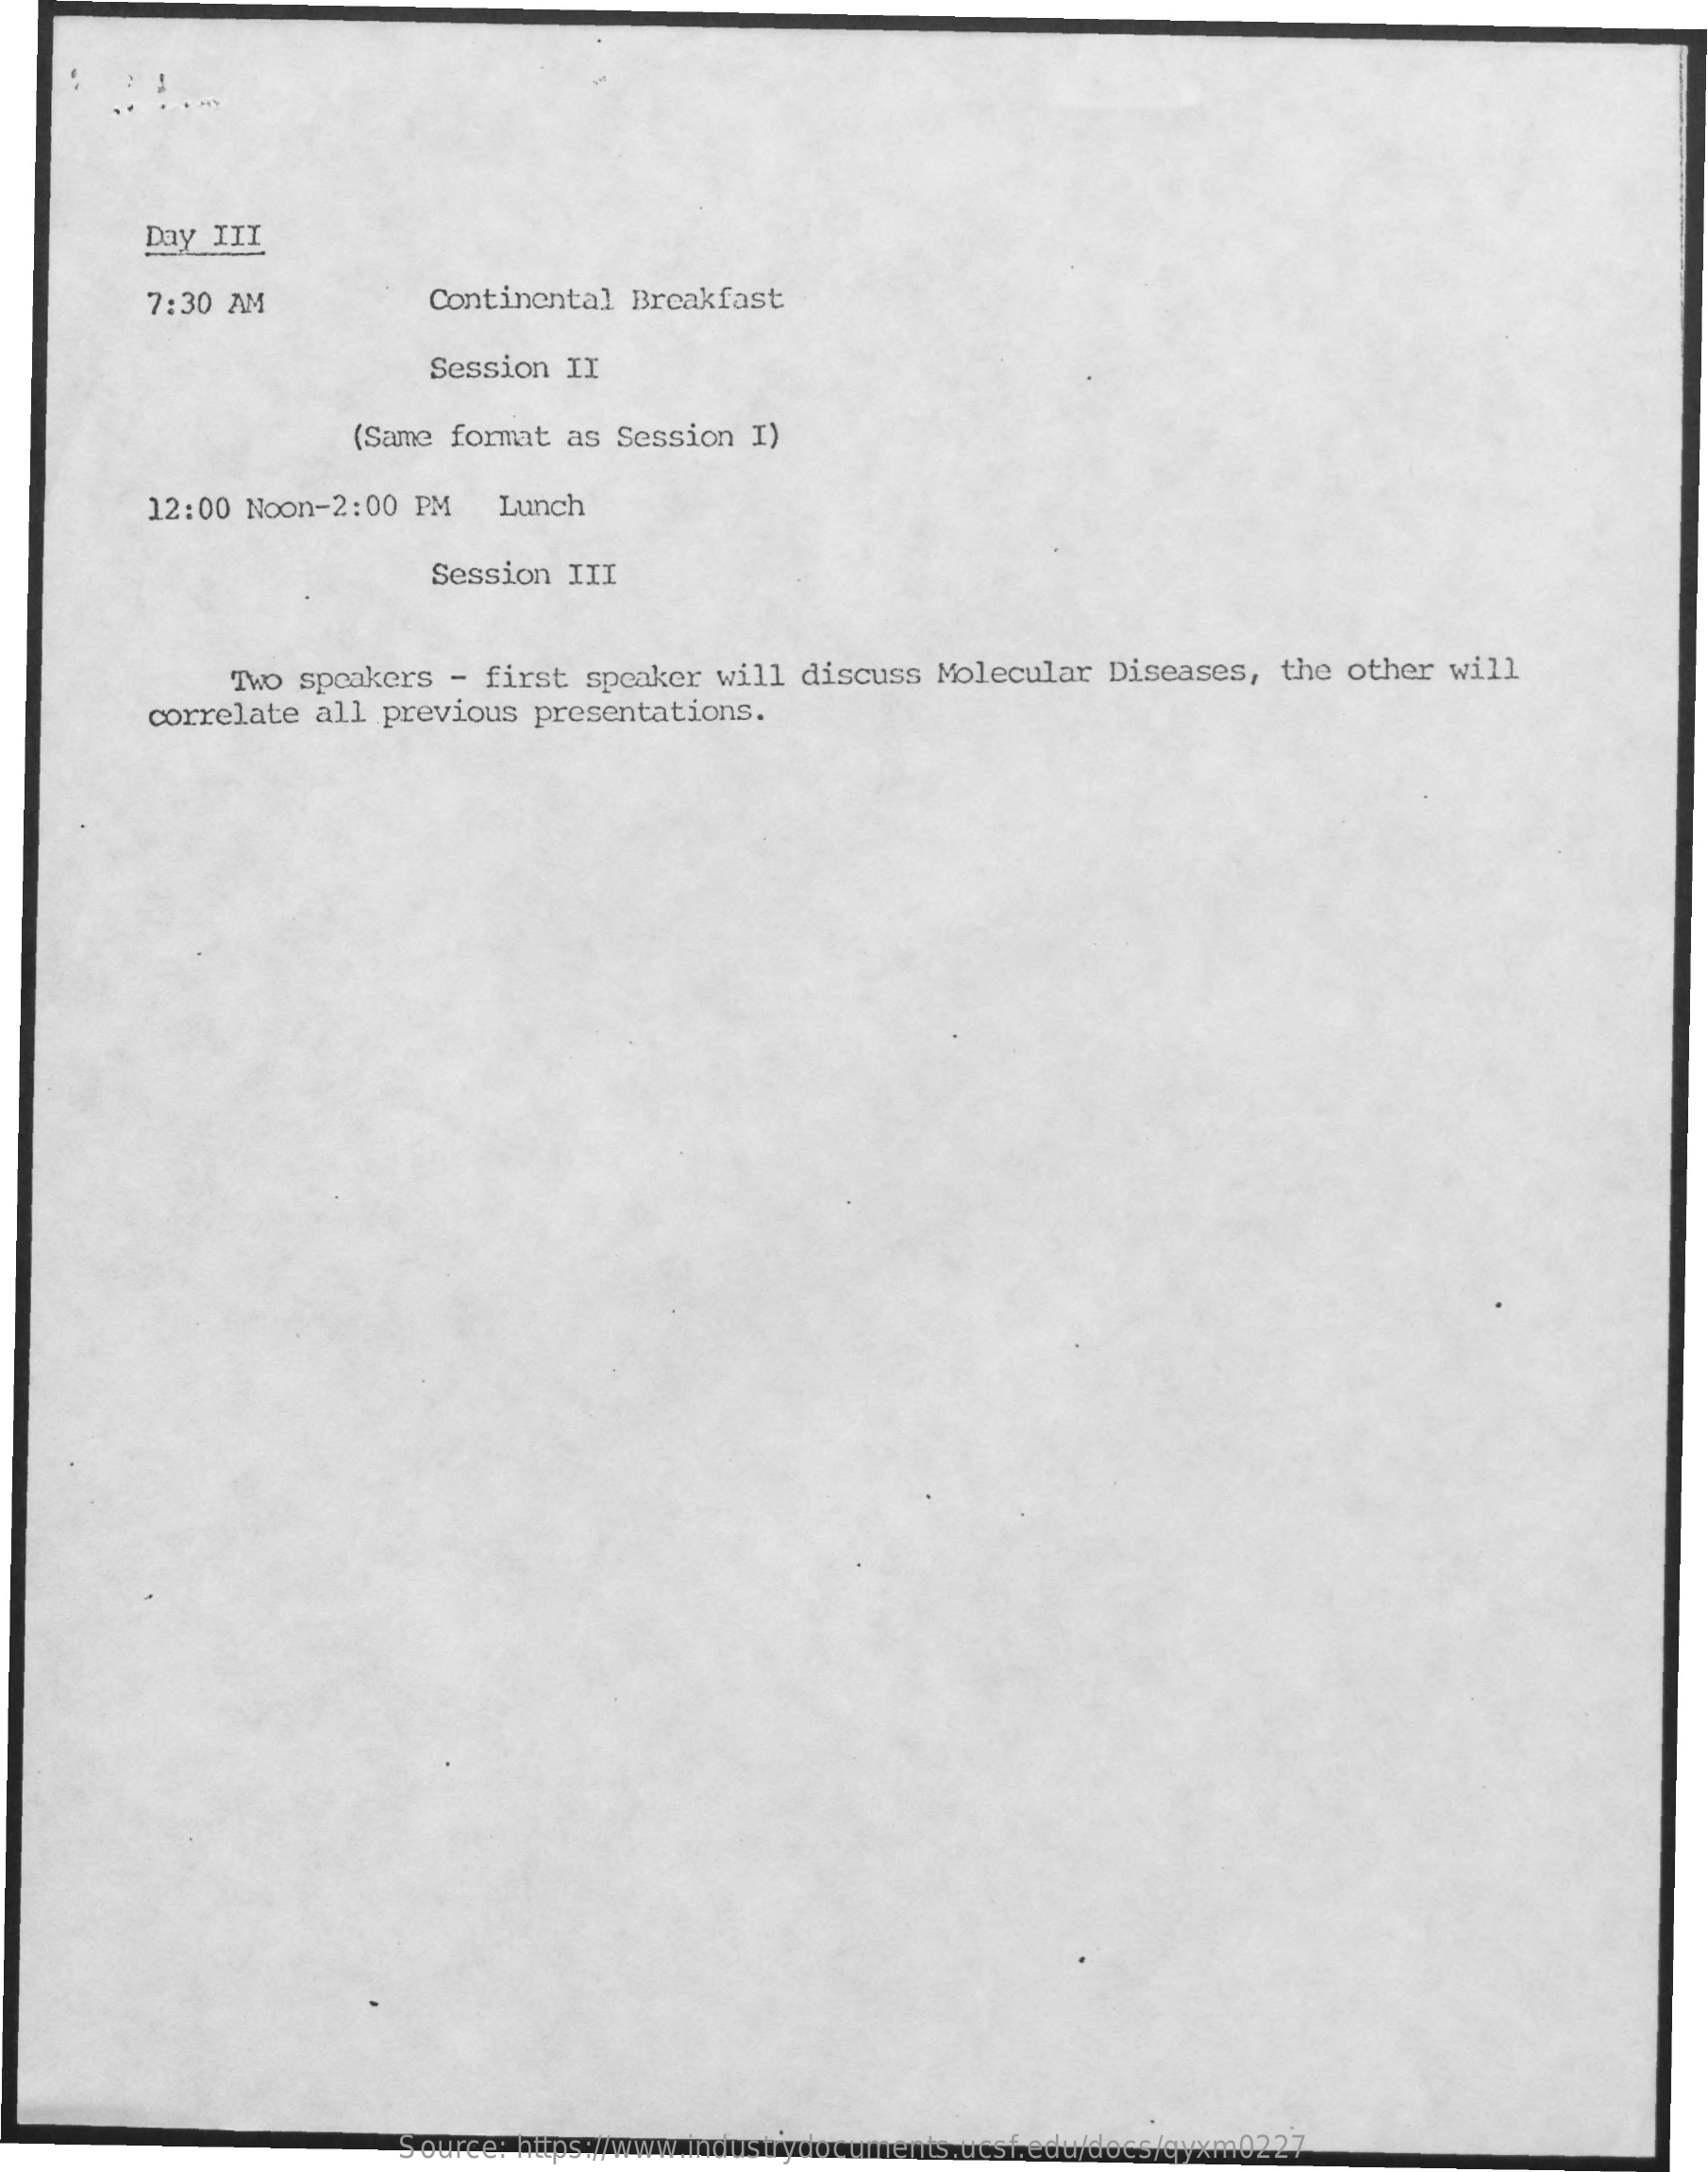
Day III
     7:30 AM    Continental Breakfast
     Session II
     (Same format as Session I)
     12:00 Noon-2:00 PM Lunch
     Session III
     Two speakers - first speaker will discuss Molecular Diseases, the other will
     correlate all previous presentations.
     Source: https://www.industrydocuments.ucsf.edu/docs/qyxm0227